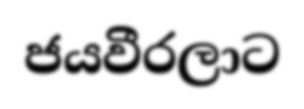
ජයවීරලාට